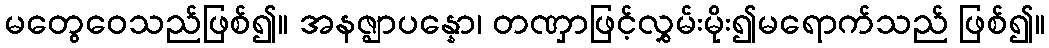
မတွေဝေသည်ဖြစ်၍။ အနဇ္ဈာပန္နော၊ တဏှာဖြင့်လွှမ်းမိုး၍မရောက်သည် ဖြစ်၍။